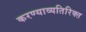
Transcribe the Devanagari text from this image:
करण्याव्यतिरिक्त